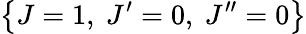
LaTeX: \left\{ J=1,\ J^{\prime}=0,\ J^{\prime\prime}=0\right\}